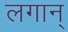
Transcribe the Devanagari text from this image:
लगान्‌